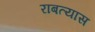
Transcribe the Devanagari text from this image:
राबत्यास